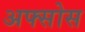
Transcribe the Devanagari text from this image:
अफ्सोस